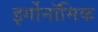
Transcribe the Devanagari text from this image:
इर्गोनॉमिक